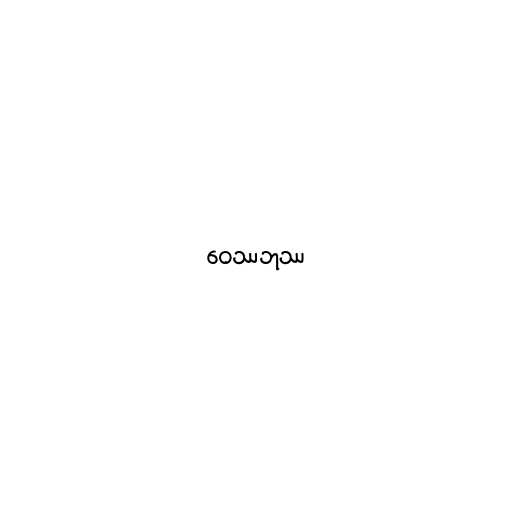
ဝေဿဘုဿ